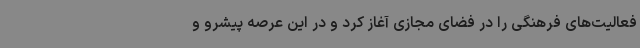
فعالیت‌های فرهنگی را در فضای مجازی آغاز کرد و در این عرصه پیشرو و